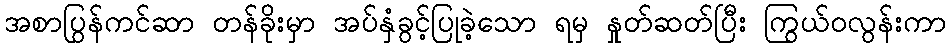
အစာပြွန်ကင်ဆာ တန်ခိုးမှာ အပ်နှံခွင့်ပြုခဲ့သော ရမှ နှုတ်ဆတ်ပြီး ကြွယ်ဝလွန်းကာ